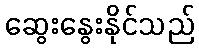
ဆွေးနွေးနိုင်သည်